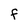
Character: F